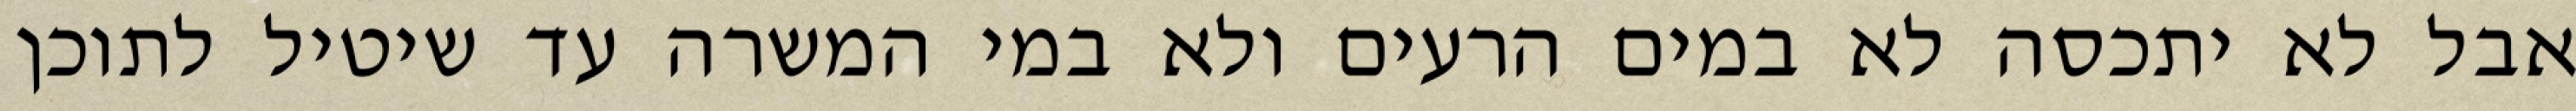
אבל לא יתכסה לא במים הרעים ולא במי המשרה עד שיטיל לתוכן